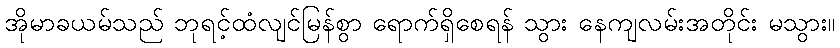
အိုမာခယမ်သည် ဘုရင့်ထံလျင်မြန်စွာ ရောက်ရှိစေရန် သွား နေကျလမ်းအတိုင်း မသွား။